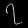
Digit: ၇